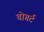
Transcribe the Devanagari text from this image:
बोगर्ट